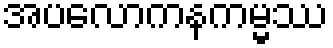
အပလောကနကမ္မဿ